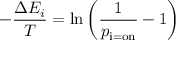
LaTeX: - { \frac { \Delta E _ { i } } { T } } = \ln \left( { \frac { 1 } { p _ { \mathrm { i = o n } } } } - 1 \right)